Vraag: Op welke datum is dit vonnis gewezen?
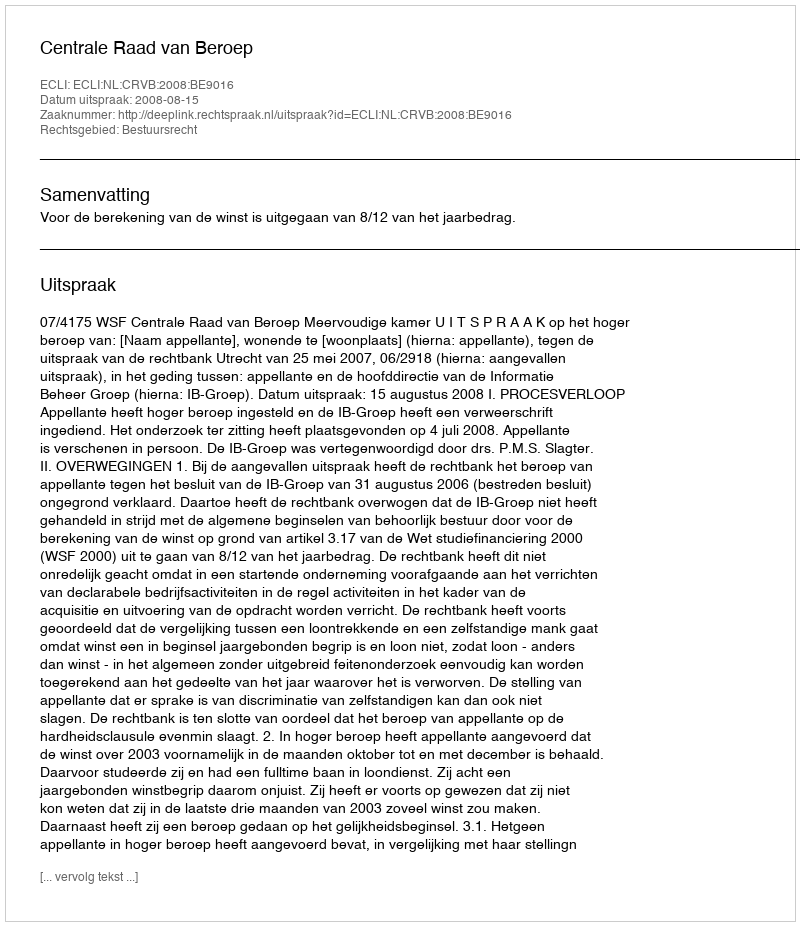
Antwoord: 2008-08-15